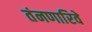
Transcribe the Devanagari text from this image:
तंनणारिवे